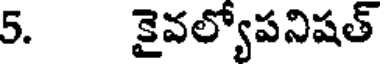
5. కైవల్యోపనిషత్